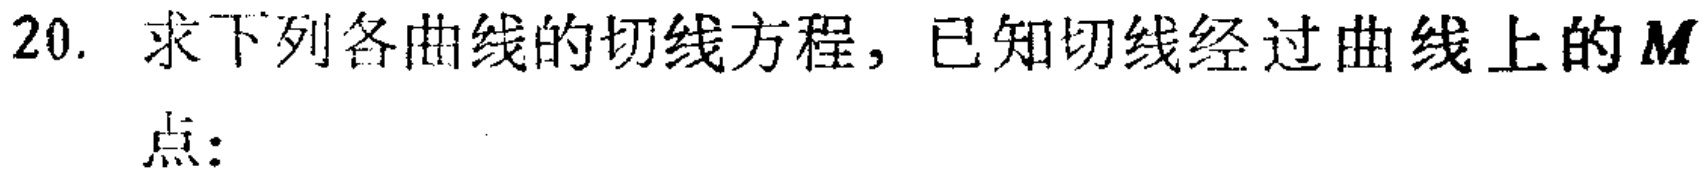
20. 求下列各曲线的切线方程，已知切线经过曲线上的$M$点：